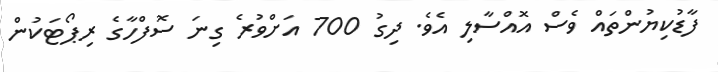
ފާޑުކިޔުންތައް ވެސް އޮއްސާލި އެވެ. ދިގު 700 އަށްވުރެ ގިނަ ސޮފްހާގެ ރިޕޯޓަކުން